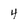
Character: 4